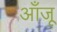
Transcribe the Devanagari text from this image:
आँजू